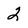
Character: 2